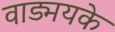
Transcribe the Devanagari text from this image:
वाड्मयके